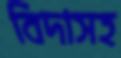
বিদাসহ